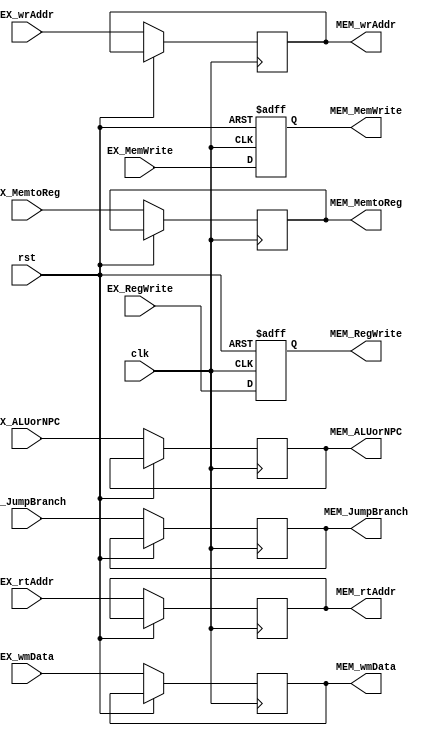
`timescale 1ns / 1ps
//////////////////////////////////////////////////////////////////////////////////
// Company: 
// Engineer: 
// 
// Design Name: 
// Module Name: EX_MEM_Reg
// Project Name: 
// Target Devices: 
// Tool Versions: 
// Description: 
// 
// Dependencies: 
// 
// Revision:
// Revision 0.01 - File Created
// Additional Comments:
// 
//////////////////////////////////////////////////////////////////////////////////


module EX_MEM_Reg(
    input clk, rst,
    input EX_RegWrite, EX_MemtoReg, EX_MemWrite,
    input [2:0] EX_JumpBranch,
    input [31:0] EX_ALUorNPC, EX_wmData,
    input [4:0] EX_rtAddr, EX_wrAddr,
    output reg MEM_RegWrite, MEM_MemtoReg, MEM_MemWrite,
    output reg [2:0] MEM_JumpBranch,
    output reg [31:0] MEM_ALUorNPC, MEM_wmData,
    output reg [4:0] MEM_rtAddr, MEM_wrAddr
    );
        
    always@ (posedge clk,posedge rst)
        if(rst)
            begin
                MEM_RegWrite <= 0;
                MEM_MemWrite <= 0;
            end
        else
            begin
                MEM_RegWrite <= EX_RegWrite;
                MEM_MemtoReg <= EX_MemtoReg;
                MEM_MemWrite <= EX_MemWrite;
                MEM_JumpBranch <= EX_JumpBranch;
                MEM_ALUorNPC <= EX_ALUorNPC;
                MEM_wmData <= EX_wmData;
                MEM_rtAddr <= EX_rtAddr;
                MEM_wrAddr <= EX_wrAddr;
            end    
    
endmodule